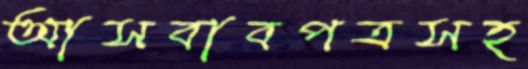
আসবাবপত্রসহ